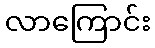
လာကြောင်း